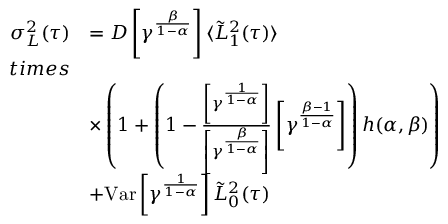
\begin{array} { r l } { \sigma _ { L } ^ { 2 } ( \tau ) } & { = D \left[ \gamma ^ { \frac { \beta } { 1 - \alpha } } \right] \langle \tilde { L } _ { 1 } ^ { 2 } ( \tau ) \rangle } \\ { t i m e s } \\ & { \times \left( 1 + \left( 1 - \frac { \left[ \gamma ^ { \frac { 1 } { 1 - \alpha } } \right] } { \left[ \gamma ^ { \frac { \beta } { 1 - \alpha } } \right] } \left[ \gamma ^ { \frac { \beta - 1 } { 1 - \alpha } } \right] \right) h ( \alpha , \beta ) \right) } \\ & { + \mathrm { V a r } \left[ \gamma ^ { \frac { 1 } { 1 - \alpha } } \right] \tilde { L } _ { 0 } ^ { 2 } ( \tau ) } \end{array}